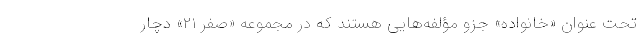
تحت عنوان «خانواده» جزو مؤلفه‌هایی هستند که در مجموعه «صفر ۲۱» دچار